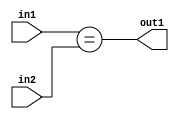
`timescale 1ps / 1ps
/*****************************************************************************
    Verilog RTL Description
    
    
    Created by: Stratus DpOpt 21.05.01 
*******************************************************************************/

module dut_Equal_6Ux6U_1U_4 (
	in2,
	in1,
	out1
	); /* architecture "behavioural" */ 
input [5:0] in2,
	in1;
output  out1;
wire  asc001;

assign asc001 = (in1==in2);

assign out1 = asc001;
endmodule

/* CADENCE  urbxQwk= : u9/ySxbfrwZIxEzHVQQV8Q== ** DO NOT EDIT THIS LINE ******/